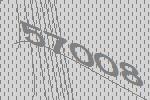
57008